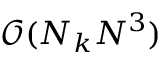
\mathcal O ( N _ { k } N ^ { 3 } )